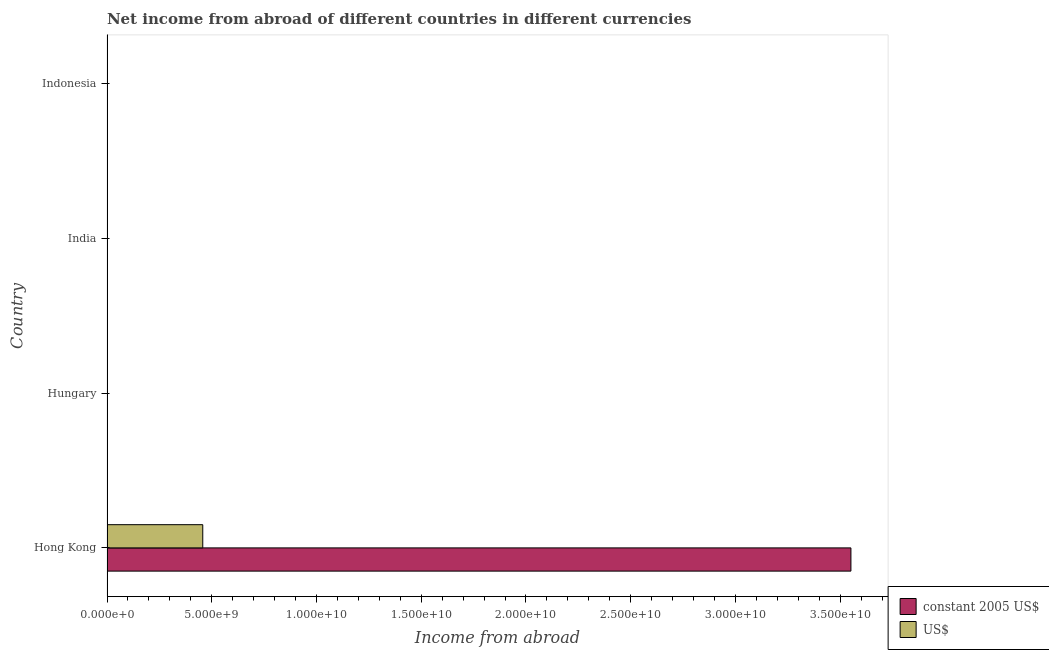
| Country | constant 2005 US$ | US$ |
 | --- | --- | --- |
 | Hong Kong | 3.55e+10 | 4.57e+09 |
 | Hungary | -1.24e+12 | -5.88e+09 |
 | India | -3.32e+11 | -7.34e+09 |
 | Indonesia | -1.42e+14 | -1.55e+10 |